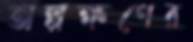
অল্পক্ষণের